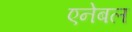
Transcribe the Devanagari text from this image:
एनेबल